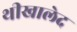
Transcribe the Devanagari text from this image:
थीखालेद